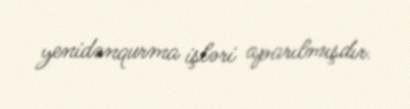
yenidənqurma işləri aparılmışdır.